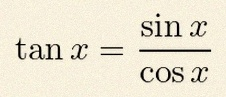
\tan x=\frac{\sin x}{\cos x}